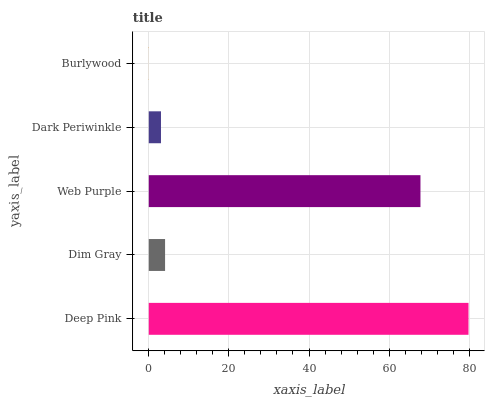
| yaxis_label | bars |
 | --- | --- |
 | Deep Pink | 79.8 |
 | Dim Gray | 4.07 |
 | Web Purple | 67.8 |
 | Dark Periwinkle | 3.05 |
 | Burlywood | 0.0356 |